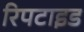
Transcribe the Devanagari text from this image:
रिपटाइड